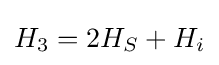
H_{3}=2H_{S}+H_{i}